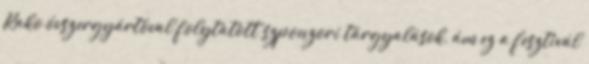
Rako óvszergyártóval folytatott szponzori tárgyalások, ám ez a fesztivál